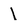
Character: l